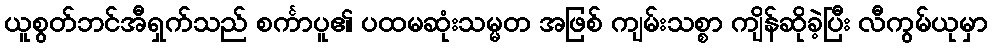
ယူစွတ်ဘင်အီရှက်သည် စင်္ကာပူ၏ ပထမဆုံးသမ္မတ အဖြစ် ကျမ်းသစ္စာ ကျိန်ဆိုခဲ့ပြီး လီကွမ်ယုမှာ